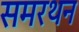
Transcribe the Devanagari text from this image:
समरथन